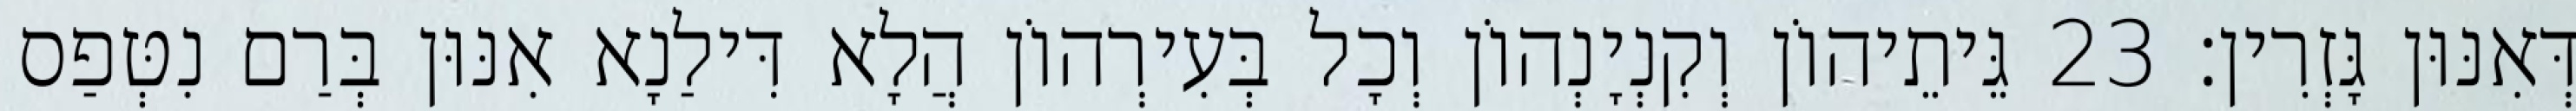
דְּאִנּוּן גָּזְרִין׃ 23 גֵּיתֵיהוֹן וְקִנְיָנְהוֹן וְכָל בְּעִירְהוֹן הֲלָא דִּילַנָא אִנּוּן בְּרַם נִטְּפַס